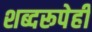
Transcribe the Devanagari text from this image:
शब्दरूपेही